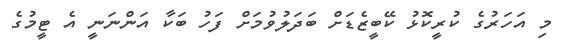
މި އަހަރުގެ ކުރީކޮޅު ކޭބީޒެޑަށް ބަދަލުވުމަށް ފަހު ބަކާ އަންނަނީ އެ ޓީމުގެ